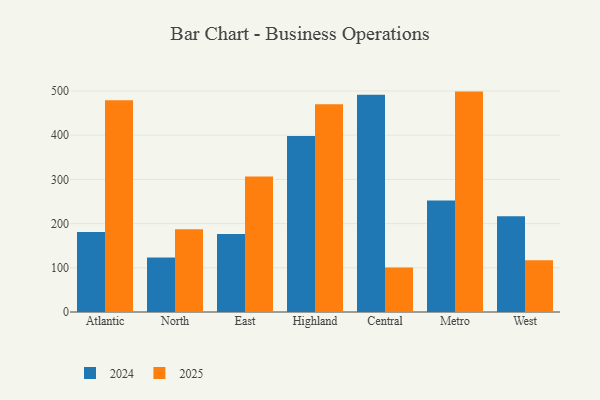
{"axis": {"x": "Region", "y": "Gross Profit (USD K)"}, "legend": ["2024", "2025"], "data": [{"x": "Atlantic", "y": 479.0, "type": "2025"}, {"x": "Atlantic", "y": 180.8, "type": "2024"}, {"x": "North", "y": 187.1, "type": "2025"}, {"x": "North", "y": 123.2, "type": "2024"}, {"x": "East", "y": 306.7, "type": "2025"}, {"x": "East", "y": 176.5, "type": "2024"}, {"x": "Highland", "y": 470.2, "type": "2025"}, {"x": "Highland", "y": 398.1, "type": "2024"}, {"x": "Central", "y": 100.5, "type": "2025"}, {"x": "Central", "y": 491.2, "type": "2024"}, {"x": "Metro", "y": 498.6, "type": "2025"}, {"x": "Metro", "y": 252.1, "type": "2024"}, {"x": "West", "y": 117.1, "type": "2025"}, {"x": "West", "y": 216.7, "type": "2024"}]}